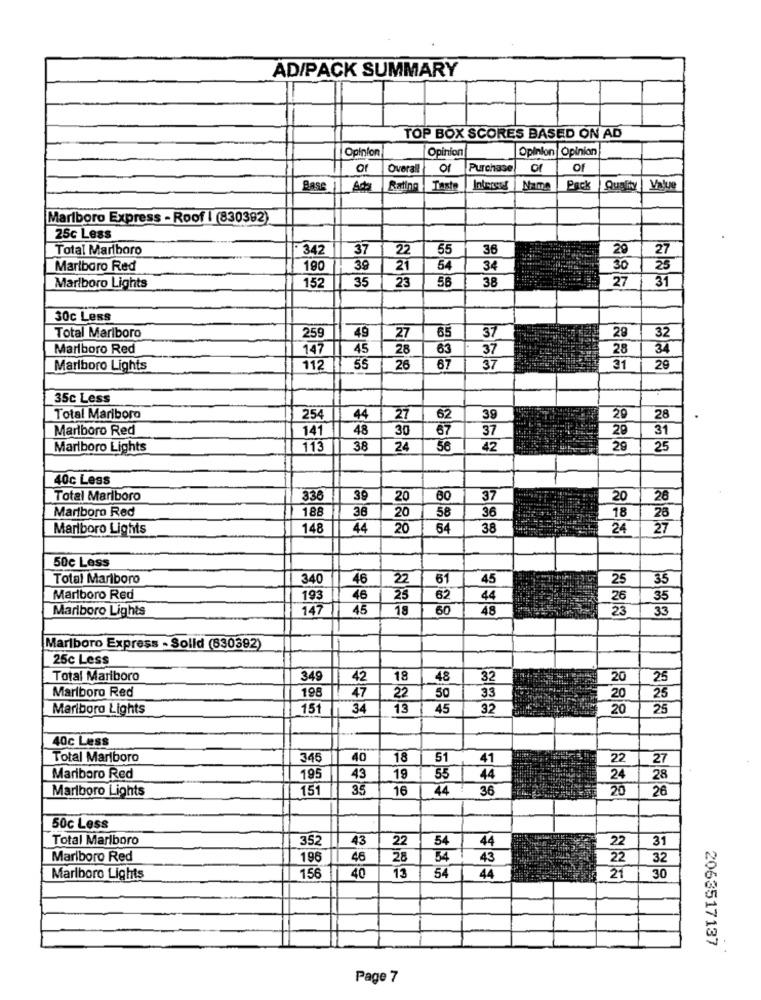
AD/PACK SUMMARY
TOP BOX SCORES BASED ON AD
Opinion
Opinion
Opinion |Opinion
of
Overall
Of
Purchase
Of
Base
Ada
Rating
Taste
Nam
Pac!
Quality Value
Marlboro Express - Roof | (830392)
25c Less
Total Marlboro
. 342
37
22
55
36
29
27
Marlboro Red
190
39
21
54
34
30
25
35
38
31
Marlboro Lights
152
23
56
27
30c Less
37
Total Marlboro
259
49
27
65
28
32
Marlboro Red
147
45
28
63
37
28
34
Marlboro Lights
112
55
26
67
37
31
29
35c Less
Total Mariboro
254
44
27
62
39
20
28
Marlboro Red
141
48
30
67
37
31
Marlboro Lights
113
38
24
56
42
29
25
40c Less
Total Marlboro
330
39
20
60
37
20
26
Marlboro Red
188
38
20
58
36
18
26
Marlboro Lights
148
44
20
64
38
24
27
50c Less
Total Marlboro
340
46
22
61
45
25
35
Marlboro Red
193
46
25
62
44
26
35
Marlboro Lights
147
45
18
60
48
23
33
Marlboro Express - Solid (830392)
25c Less
Total Marlboro
349
42
18
48
32
20
25
198
47
Marlboro Red
22
50
33
20
25
Marlboro Lights
151
34
13
45
32
20
25
40c Less
Total Marlboro
345
40
18
51
41
22
27
Mariboro Red
195
43
19
55
44
24
28
Marlboro Lights
151
35
16
44
36
26
50c Less
Total Marlboro
352
43
22
54
44
22
31
Marlboro Red
196
46
28
34
43
22
32
Marlboro Lights
156
40
13
54
44
21
30
2063517137
Page 7